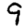
Digit: 9